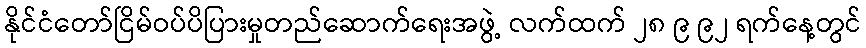
နိုင်ငံတော်ငြိမ်ဝပ်ပိပြားမှုတည်ဆောက်ရေးအဖွဲ့ လက်ထက် ၂၈ ၉ ၉၂ ရက်နေ့တွင်